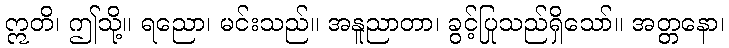
ဣတိ၊ ဤသို့။ ရညော၊ မင်းသည်။ အနူညာတာ၊ ခွင့်ပြုသည်ရှိသော်။ အတ္တနော၊